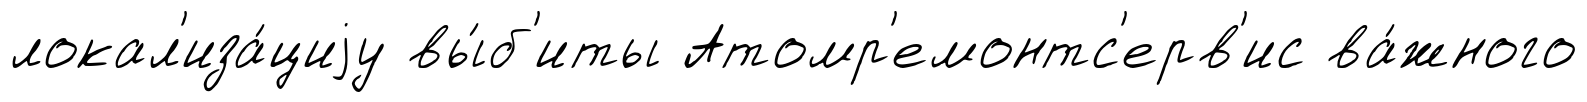
локал'иза́циjу вы́б'иты Атомр'емонтс'ерв'ис ва́жного